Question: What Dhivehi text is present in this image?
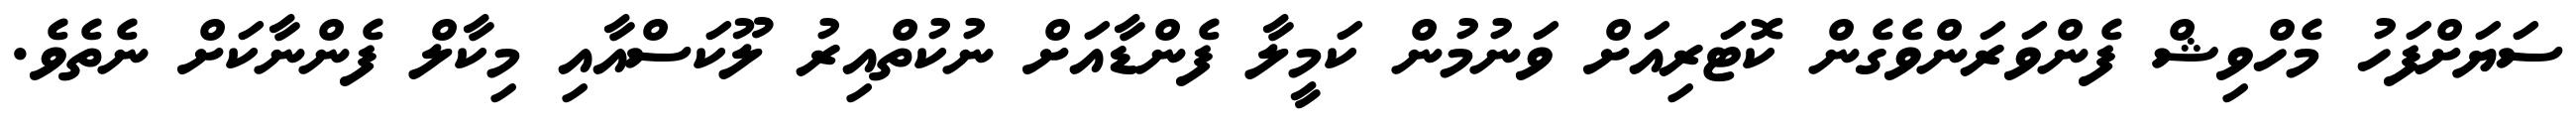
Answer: ސަޔަށްފަހު މެހްވިޝް ފެންވަރަންވެގެން ކޮޓަރިއަށް ވަނުމުން ކަމީލާ ފެންޑާއަށް ނުކުތްއިރު ލޫކަސްއާއި މިކާލް ފެންނާކަށް ނެތެވެ.